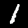
Label: 1